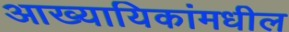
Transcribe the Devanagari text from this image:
आख्यायिकांमधील